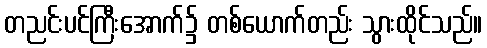
တညင်းပင်ကြီးအောက်၌ တစ်ယောက်တည်း သွားထိုင်သည်။